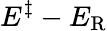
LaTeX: E^{\ddagger}-E_{\mathrm{R}}